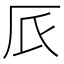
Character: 𠨸